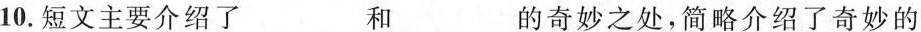
10.短文主要介绍了___和___的奇妙之处，简略介绍了奇妙的